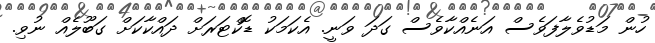
ހުން މަޑުވެލާފަވެސް އަނެއްކާވެސް ގަދަ ވަނީ. އެކަމަކު ޑޮކްޓަރަށް ދައްކާކަށް ގަބޫލެއް ނުވި.